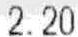
2.20